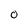
Character: 0